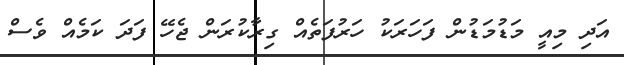
އަދި މިއީ މަޑުމަޑުން ފަހަރަކު ހަރުފަތެއް ގިރާކުރަން ޖެހޭ ފަދަ ކަމެއް ވެސް